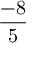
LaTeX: \frac { - 8 } { 5 }